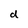
Character: d